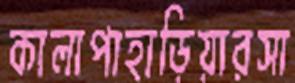
কালাপাহাড়িয়ারসা